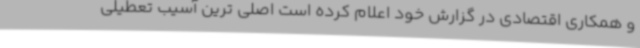
و همکاری اقتصادی در گزارش خود اعلام کرده است اصلی ترین آسیب تعطیلی